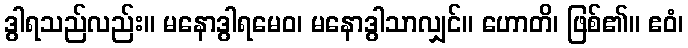
ဒွါရသည်လည်း။ မနောဒွါရမေဝ၊ မနောဒွါသာလျှင်။ ဟောတိ၊ ဖြစ်၏။ ဧဝံ၊